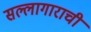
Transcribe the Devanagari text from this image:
सल्लागाराची